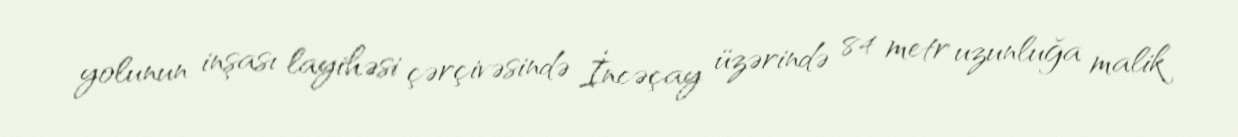
yolunun inşası layihəsi çərçivəsində İncəçay üzərində 84 metr uzunluğa malik